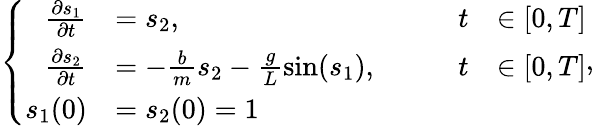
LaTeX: \left\{ \begin{array}{rlrl}{\frac{\partial s_{1}}{\partial t}}&{=s_{2},\qquad}&{t}&{\in[0,T]}\\ {\frac{\partial s_{2}}{\partial t}}&{=-\frac{b}{m}s_{2}-\frac{g}{L}\sin(s_{1}),\qquad}&{t}&{\in[0,T]}\\ {s_{1}(0)}&{=s_{2}(0)=1}\end{array}\right.,